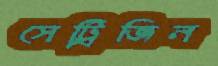
সেট্রিজিন